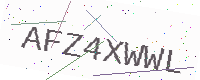
Text: AFZ4XWWL